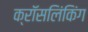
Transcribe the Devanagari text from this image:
क्रॉसलिंकिंग